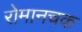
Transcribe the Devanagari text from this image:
रोमानचक